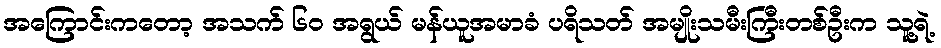
အကြောင်းကတော့ အသက် ၆၀ အရွယ် မန်ယူအမာခံ ပရိသတ် အမျိုးသမီးကြီးတစ်ဦးက သူ့ရဲ့